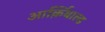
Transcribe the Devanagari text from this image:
आर्क़िबाल्ड